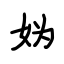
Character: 妫